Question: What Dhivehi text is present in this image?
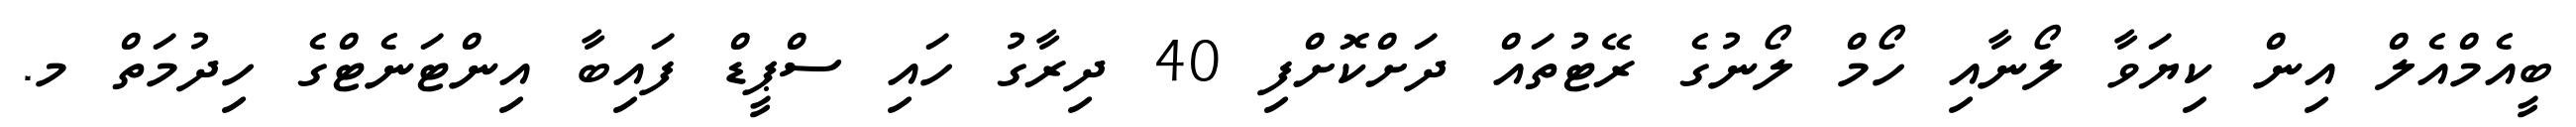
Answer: ބީއެމްއެލް އިން ކިޔަވާ ލޯނާއި ހޯމް ލޯނުގެ ރޭޓުތައް ދަށްކޮށްފި 40 ދިރާގު ހައި ސްޕީޑް ފައިބާ އިންޓަނެޓްގެ ހިދުމަތް މ.